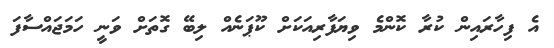
އެ ފިހާރައިން ކުރާ ކޮންމެ ވިޔަފާރިއަކަށް ކޫޕަނެއް ލިބޭ ގޮތަށް ވަނީ ހަމަޖައްސާފަ